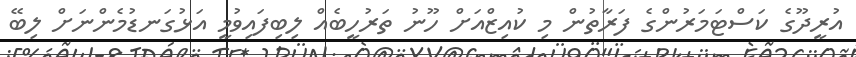
އުރީދޫގެ ކަސްޓަމަރުންގެ ފަރާތުން މި ކުއިޒްއަށް ހޫނު ތަރުހީބެއް ލިބިފައިވުމީ އަޅުގަނޑުމެންނަށް ލިބޭ